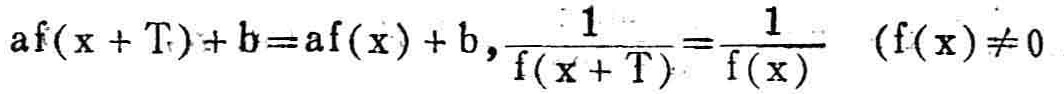
\(a f(x + T)+b = a f(x)+b,\frac{1}{f(x + T)}=\frac{1}{f(x)}\quad(f(x)\neq0)\)